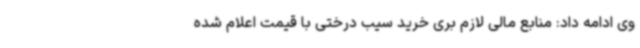
وی ادامه داد: منابع مالی لازم بری خرید سیب درختی با قیمت اعلام شده